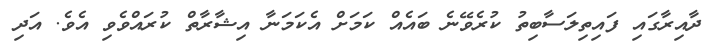
ދާއިރާގައި ފައިތިލަސާބިތު ކުރެވޭނެ ބައެއް ކަމަށް އެކަމަނާ އިޝާރާތް ކުރައްވެވި އެވެ. އަދި